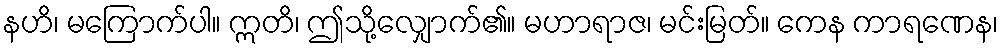
နဟိ၊ မကြောက်ပါ။ ဣတိ၊ ဤသို့လျှောက်၏။ မဟာရာဇ၊ မင်းမြတ်။ ကေန ကာရဏေန၊